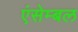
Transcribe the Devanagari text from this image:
एंसेम्बल